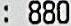
: 880